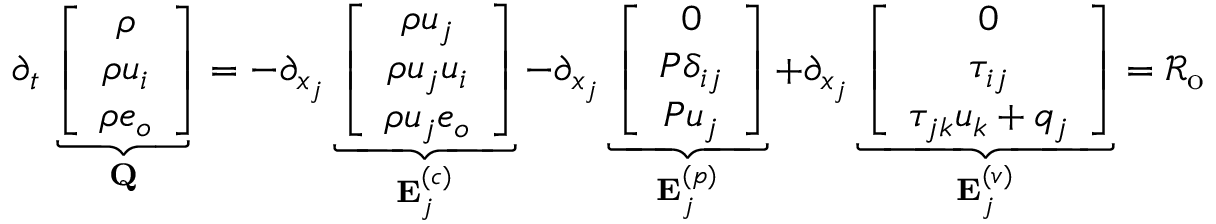
\begin{array} { r } { \partial _ { t } \underbrace { \left[ \begin{array} { c } { \rho } \\ { \rho u _ { i } } \\ { \rho e _ { o } } \end{array} \right] } _ { \bf Q } = - \partial _ { x _ { j } } \underbrace { \left[ \begin{array} { c } { \rho u _ { j } } \\ { \rho u _ { j } u _ { i } } \\ { \rho u _ { j } e _ { o } } \end{array} \right] } _ { { \bf E } _ { j } ^ { ( c ) } } - \partial _ { x _ { j } } \underbrace { \left[ \begin{array} { c } { 0 } \\ { P \delta _ { i j } } \\ { P u _ { j } } \end{array} \right] } _ { { \bf E } _ { j } ^ { ( p ) } } + \partial _ { x _ { j } } \underbrace { \left[ \begin{array} { c } { 0 } \\ { \tau _ { i j } } \\ { \tau _ { j k } u _ { k } + q _ { j } } \end{array} \right] } _ { { \bf E } _ { j } ^ { ( v ) } } = \mathcal { R } _ { \mathrm { o } } } \end{array}